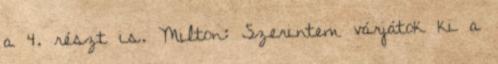
a 4. részt is. Milton: Szerintem várjátok ki a